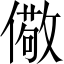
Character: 儆